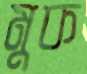
মুক